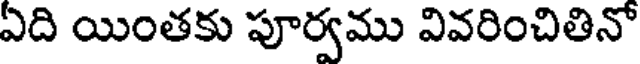
ఏది యింతకు పూర్వము వివరించితినో